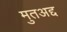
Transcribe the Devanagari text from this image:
मुतअद्द